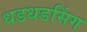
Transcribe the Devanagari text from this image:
धडधडसिंग